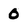
Character: 0